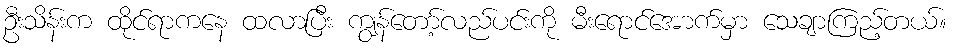
ဦးသိန်းက ထိုင်ရာကနေ ထလာပြီး ကျွန်တော့်လည်ပင်းကို မီးရောင်အောက်မှာ သေချာကြည့်တယ်။